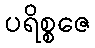
ပရိစ္စဇေ